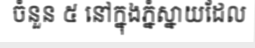
ចំនួន ៥ នៅក្នុងភ្នំស្នាយដែល